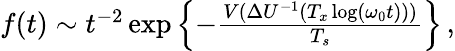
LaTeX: \begin{array}{r}{f(t)\sim t^{-2}\exp\left\{ -\frac{V(\Delta U^{-1}(T_{x}\log(\omega_{0}t)))}{T_{s}}\right\} \, ,}\end{array}